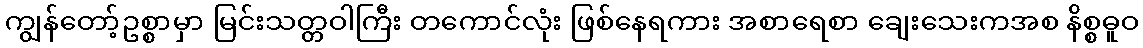
ကျွန်တော့်ဥစ္စာမှာ မြင်းသတ္တဝါကြီး တကောင်လုံး ဖြစ်နေရကား အစာရေစာ ချေးသေးကအစ နိစ္စဓူဝ